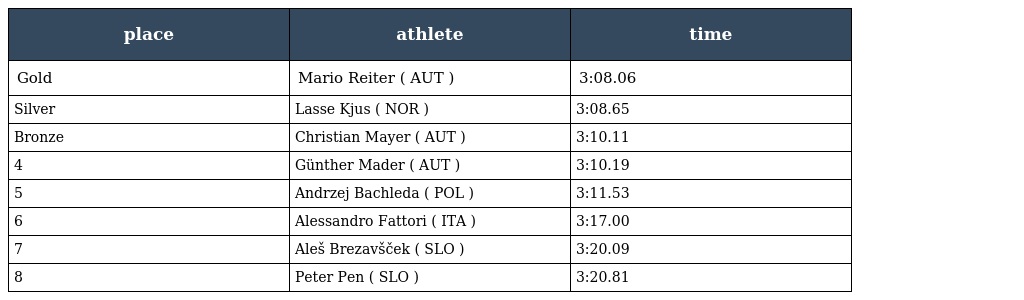
| place | athlete | time |
 | --- | --- | --- |
 | Gold | Mario Reiter ( AUT ) | 3:08.06 |
 | Silver | Lasse Kjus ( NOR ) | 3:08.65 |
 | Bronze | Christian Mayer ( AUT ) | 3:10.11 |
 | 4 | Günther Mader ( AUT ) | 3:10.19 |
 | 5 | Andrzej Bachleda ( POL ) | 3:11.53 |
 | 6 | Alessandro Fattori ( ITA ) | 3:17.00 |
 | 7 | Aleš Brezavšček ( SLO ) | 3:20.09 |
 | 8 | Peter Pen ( SLO ) | 3:20.81 |